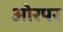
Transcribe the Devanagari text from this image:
ओरपर